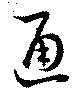
通